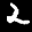
Label: 2